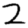
Digit: 2